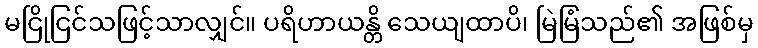
မငြိုငြင်သဖြင့်သာလျှင်။ ပရိဟာယန္တိ သေယျထာပိ၊ မြဲမြံသည်၏ အဖြစ်မှ